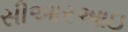
સીઆરઆઇ